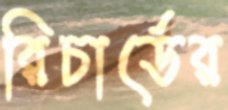
রিচার্ডের